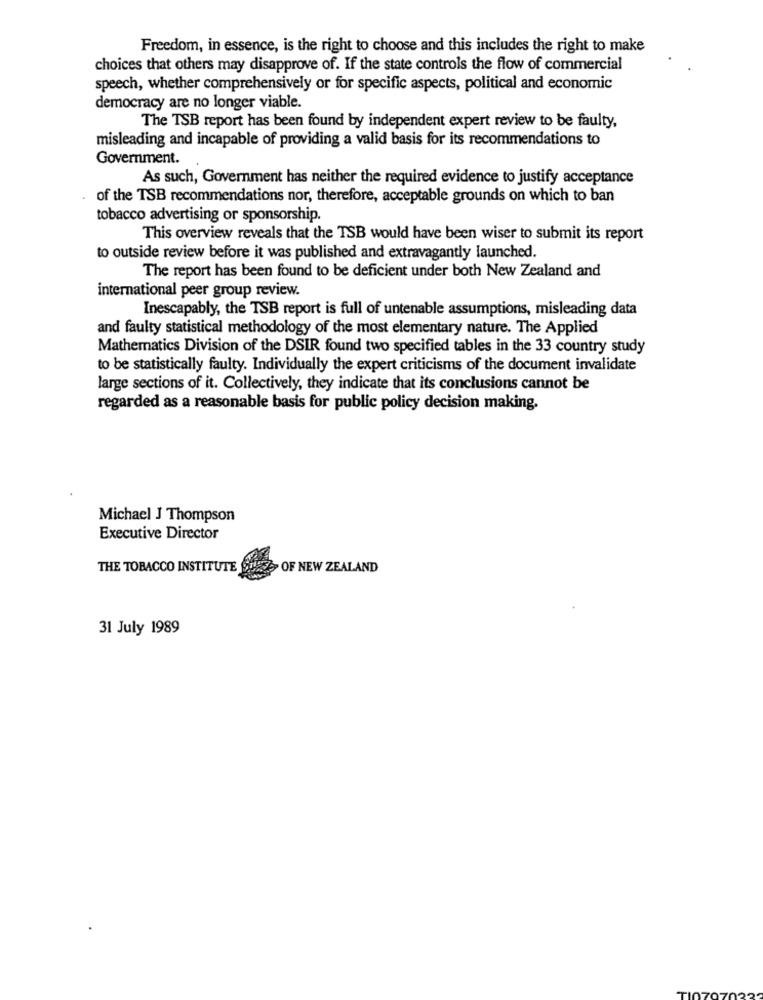
Freedom, in essence, is the right to choose and this includes the right to make
choices that others may disapprove of. If the state controls the flow of commercial
speech, whether comprehensively or for specific aspects, political and economic
democracy are no longer viable.
The TSB report has been found by independent expert review to be faulty,
misleading and incapable of providing a valid basis for its recommendations to
Government.
As such, Government has neither the required evidence to justify acceptance
of the TSB recommendations nor, therefore, acceptable grounds on which to ban
tobacco advertising or sponsorship.
This overview reveals that the TSB would have been wiser to submit its report
to outside review before it was published and extravagantly launched.
The report has been found to be deficient under both New Zealand and
international peer group review.
Inescapably, the TSB report is full of untenable assumptions, misleading data
and faulty statistical methodology of the most elementary nature. The Applied
Mathematics Division of the DSIR found two specified tables in the 33 country study
to be statistically faulty. Individually the expert criticisms of the document invalidate
large sections of it. Collectively, they indicate that its conclusions cannot be
regarded as a reasonable basis for public policy decision making.
Michael J Thompson
Executive Director
THE TOBACCO INSTITUTE
OF NEW ZEALAND
31 July 1989